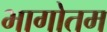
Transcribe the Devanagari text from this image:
भागोतम